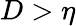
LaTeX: D>\eta